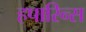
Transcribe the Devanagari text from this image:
हपारिन्स